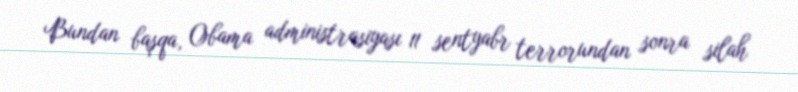
Bundan başqa, Obama administrasiyası 11 sentyabr terrorundan sonra silah